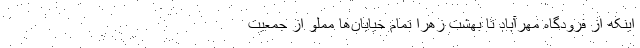
اینکه از فرودگاه مهرآباد تا بهشت زهرا تمام خیابان‌ها مملو از جمعیت